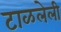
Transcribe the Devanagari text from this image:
टाळलेली